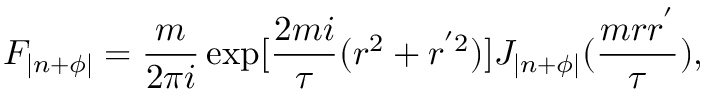
F _ { | n + \phi | } = \frac { m } { 2 \pi i } \exp [ \frac { 2 m i } { \tau } ( r ^ { 2 } + r ^ { ' 2 } ) ] J _ { | n + \phi | } ( \frac { m r r ^ { ' } } { \tau } ) ,